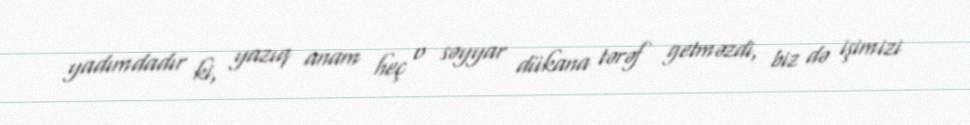
yadımdadır ki, yazıq anam heç o səyyar dükana tərəf getməzdi, biz də işimizi